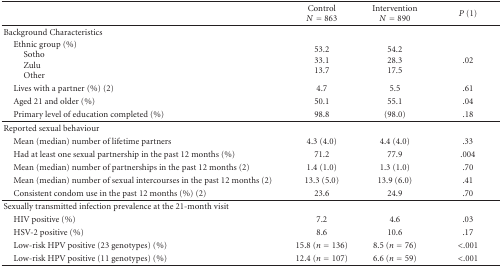
<table><thead><tr><td></td><td><b>Control<i>N</i> = 863</b></td><td><b>Intervention<i>N</i> = 890</b></td><td><b><i>P</i> (1)</b></td></tr></thead><tbody><tr><td>Background Characteristics</td><td></td><td></td><td></td></tr><tr><td> Ethnic group (%)SothoZuluOther</td><td>53.233.113.7</td><td>54.228.317.5</td><td>.02</td></tr><tr><td> Lives with a partner (%) (2)</td><td>4.7</td><td>5.5</td><td>.61</td></tr><tr><td> Aged 21 and older (%)</td><td>50.1</td><td>55.1</td><td>.04</td></tr><tr><td> Primary level of education completed (%)</td><td>98.8</td><td>(98.0)</td><td>.18</td></tr><tr><td>Reported sexual behaviour</td><td></td><td></td><td></td></tr><tr><td> Mean (median) number of lifetime partners</td><td>4.3 (4.0)</td><td>4.4 (4.0)</td><td>.33</td></tr><tr><td> Had at least one sexual partnership in the past 12 months (%)</td><td>71.2</td><td>77.9</td><td>.004</td></tr><tr><td> Mean (median) number of partnerships in the past 12 months (2)</td><td>1.4 (1.0)</td><td>1.3 (1.0)</td><td>.70</td></tr><tr><td> Mean (median) number of sexual intercourses in the past 12 months (2)</td><td>13.3 (5.0)</td><td>13.9 (6.0)</td><td>.41</td></tr><tr><td> Consistent condom use in the past 12 months (%) (2)</td><td>23.6</td><td>24.9</td><td>.70</td></tr><tr><td>Sexually transmitted infection prevalence at the 21-month visit</td><td></td><td></td><td></td></tr><tr><td> HIV positive (%)</td><td>7.2</td><td>4.6</td><td>.03</td></tr><tr><td> HSV-2 positive (%)</td><td>8.6</td><td>10.6</td><td>.17</td></tr><tr><td> Low-risk HPV positive (23 genotypes) (%)</td><td>15.8 (<i>n</i> = 136)</td><td>8.5 (<i>n</i> = 76)</td><td>&lt;.001</td></tr><tr><td> Low-risk HPV positive (11 genotypes) (%)</td><td>12.4 (<i>n</i> = 107)</td><td>6.6 (<i>n</i> = 59)</td><td>&lt;.001</td></tr></tbody></table>